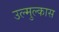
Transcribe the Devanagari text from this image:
उल्मुल्कास